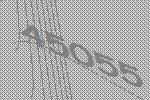
45055